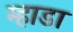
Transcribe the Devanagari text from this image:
म्हाडा